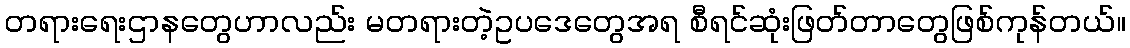
တရားရေးဌာနတွေဟာလည်း မတရားတဲ့ဥပဒေတွေအရ စီရင်ဆုံးဖြတ်တာတွေဖြစ်ကုန်တယ်။